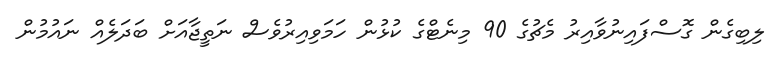
ލިބިގެން ގޮސްފައިނުވާއިރު މެޗުގެ 90 މިނެޓްގެ ކުޅުން ހަމަވިއިރުވެސް ނަތީޖާއަށް ބަދަލެއް ނައުމުން